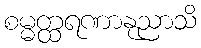
စမ္မတ္ထရဏာနုညာသိ